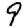
Digit: 9